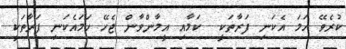
ކުރެވޭ ހަމަ އެކަނި ފަރާތަކީ  ކަމާއި އީމާންވާން ޖެހޭ ހަމައެކަނި ފަރާތަކީ